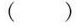
()